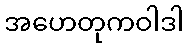
အဟေတုကဝါဒါ